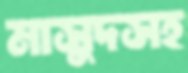
মাসুদসহ